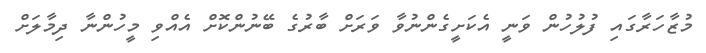
މުޒާހަރާގައި ފުލުހުން ވަނީ އެކަށީގެންނުވާ ވަރަށް ބާރުގެ ބޭނުންކޮށް އެއްވި މީހުންނާ ދިމާލަށް